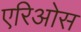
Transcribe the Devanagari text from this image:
एरिओस